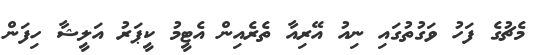
މެޗުގެ ފަހު ވަގުތުގައި ނިއު އޭރިއާ ތެރެއިން އެޓީމު ކީޕަރު އަލީޝާ ހިފަން